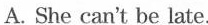
A.She can't be late.